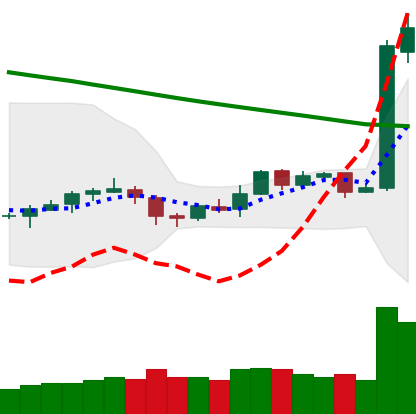
Ticker: LTC-USD
Chart end date: 2019-02-09
Forward return: -7.032%
Label: down_7plus